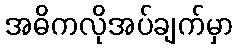
အဓိကလိုအပ်ချက်မှာ